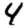
Digit: 4